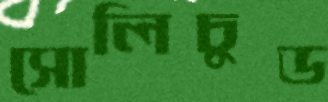
সোলিচুড